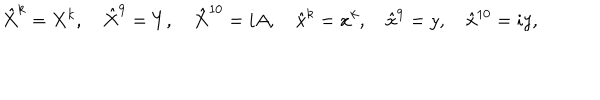
\hat { X } ^ { k } = X ^ { k } , \quad \hat { X } ^ { 9 } = Y , \quad \hat { X } ^ { 1 0 } = i A , \quad \hat { x } ^ { k } = x ^ { k } , \quad \hat { x } ^ { 9 } = y , \quad \hat { x } ^ { 1 0 } = i y ,